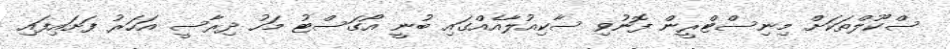
ސްކޫލްތަކަށް މިނިސްޓްރީން ފޮނުވި ސާކިއުލާއެއްގައި ބުނީ އޯގަސްޓު މަހު ދިރާސީ އަހަރު ފަށައިފައި